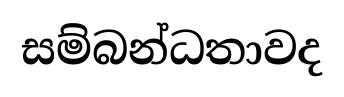
සම්බන්ධතාවද